Scottish Leaving Certificate Examination, 1961
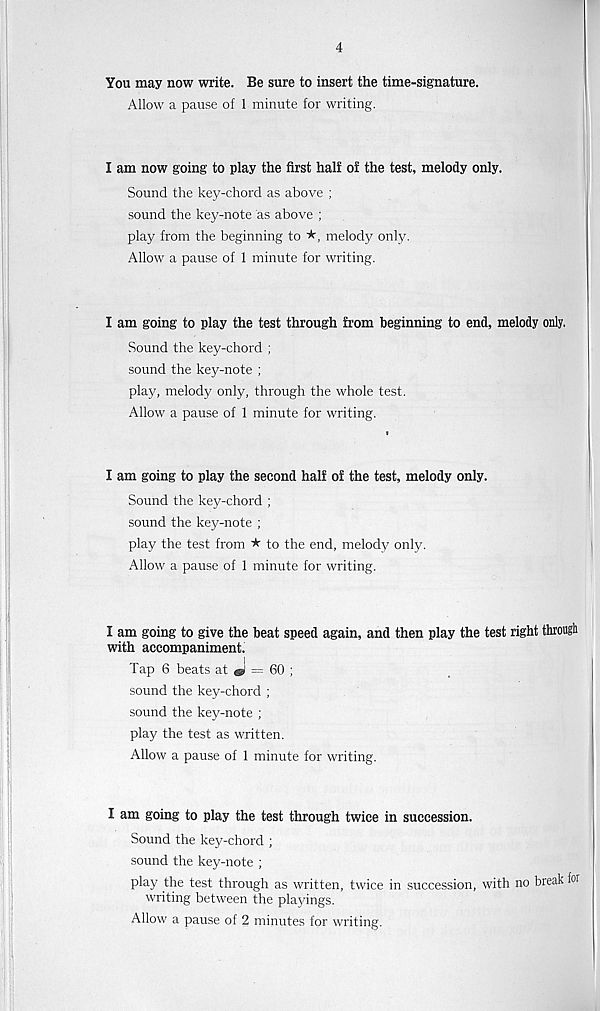
4
You may now write. Be sure to insert the time-signature.
Allow a pause of 1 minute for writing.
I am now going to play the first half of the test, melody only.
Sound the key-chord as above ;
sound the key-note as above ;
play from the beginning to ★, melody only.
Allow a pause of 1 minute for writing.
I am going to play the test through from beginning to end, melody only.
Sound the key-chord ;
sound the key-note ;
play, melody only, through the whole test.
Allow a pause of 1 minute for writing.
t
I am going to play the second half of the test, melody only.
Sound the key-chord ;
sound the key-note ;
play the test from ★ to the end, melody only.
Allow a pause of 1 minute for writing.
I am going to give the beat speed again, and then play the test right througli
with accompaniment.
Tap 6 beats at «! = 60 ;
sound the key-chord ;
sound the key-note ;
play the test as written.
Allow a pause of 1 minute for writing.
I am going to play the test through twice in succession.
Sound the key-chord ;
sound the key-note ;
play the test through as written, twice in succession, with no break fc r
writing between the playings.
Allow a pause of 2 minutes for writing.